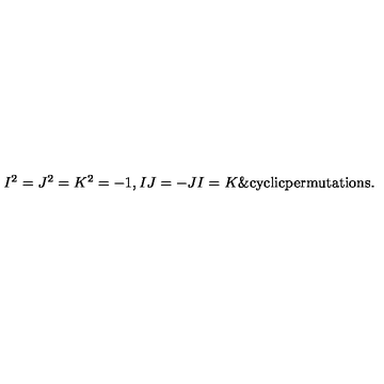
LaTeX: \begin{matrix} { I ^ { 2 } = J ^ { 2 } = K ^ { 2 } = - 1 , } & { I J = - J I = K \& \mathrm { c y c l i c } \mathrm { p e r m u t a t i o n s } . } \\ \end{matrix}